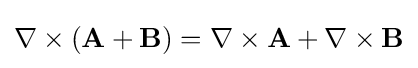
\nabla \times (\mathbf {A} +\mathbf {B} )=\nabla \times \mathbf {A} +\nabla \times \mathbf {B}